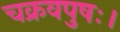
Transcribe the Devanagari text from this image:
चक्रवपुषः।